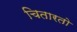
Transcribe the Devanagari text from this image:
चितारतो